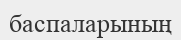
баспаларының